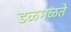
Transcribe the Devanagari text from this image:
डळमळते